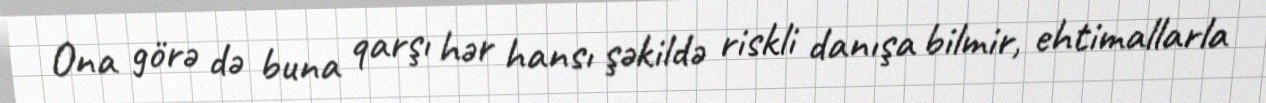
Ona görə də buna qarşı hər hansı şəkildə riskli danışa bilmir, ehtimallarla